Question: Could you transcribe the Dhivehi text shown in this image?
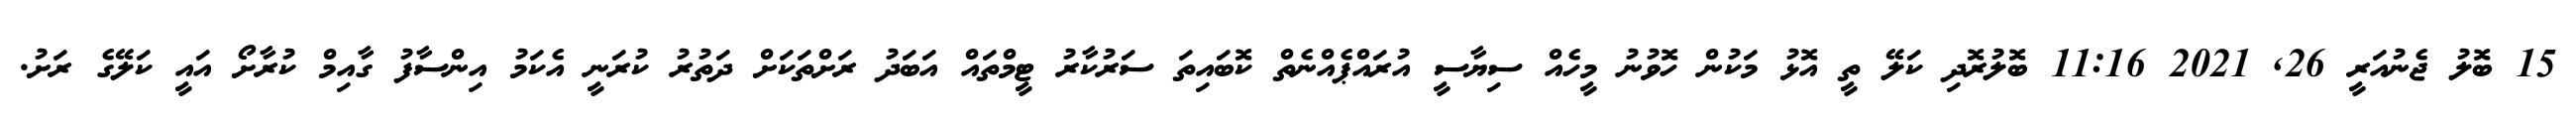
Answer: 15 ބޮލު ޖެނުއަރީ 26, 2021 11:16 ބޮލުރޮދި ކަލޭ ތީ އޮޅު މަކުން ހޮވުނު މީހެއް ސިޔާސީ އުރައްޕެއްނެތް ކޮބައިތަ ސަރުކާރު ޓީމްތައް އަބަދު ރަށްތަކަށް ދަތުރު ކުރަނީ އެކަމު އިންސާފު ގާއިމް ކުރާށޯ އައީ ކަލޭގެ ރަށު.